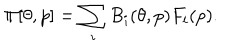
\Pi [ \theta , p ] = \sum _ { i } B _ { i } ( \theta , p ) F _ { i } ( p ) .